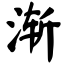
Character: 渐